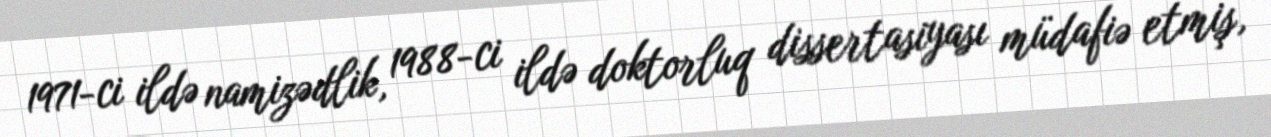
1971-ci ildə namizədlik, 1988-ci ildə doktorluq dissertasiyası müdafiə etmiş,